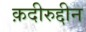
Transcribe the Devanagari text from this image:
क़दीरुद्दीन